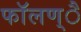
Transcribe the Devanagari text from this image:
फाॅलण्ै